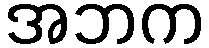
အဘက